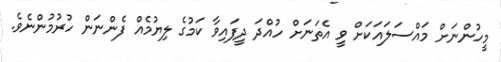
މީހުންނަށް މައްސަލައަކަށް ވީ އެތަނަށް ހުއްދަ ދީފައިވާ ކަމުގެ ލިޔުމެއް ފެންނަން ހުރުމުންނެވެ.